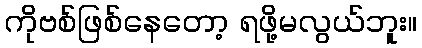
ကိုဗစ်ဖြစ်နေတော့ ရဖို့မလွယ်ဘူး။